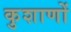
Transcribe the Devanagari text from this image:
कुशाणों